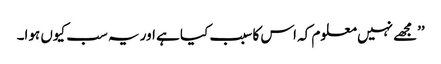
’’مجھے نہیں معلوم کہ اس کا سبب کیا ہے اور یہ سب کیوں ہوا۔